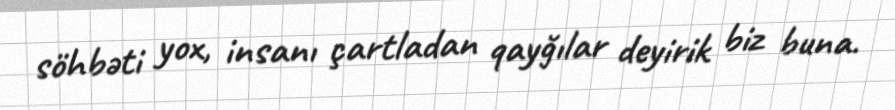
söhbəti yox, insanı çartladan qayğılar deyirik biz buna.